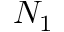
N _ { 1 }